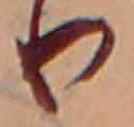
り